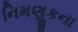
નિમણૂકના